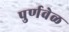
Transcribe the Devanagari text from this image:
पुर्णवेळ